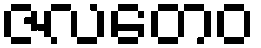
ဇလတေဝ